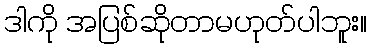
ဒါကို အပြစ်ဆိုတာမဟုတ်ပါဘူး။